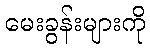
မေးခွန်းများကို